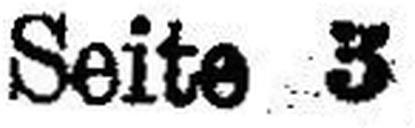
Seite 3